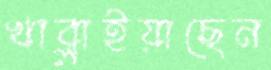
খাব্‌লাইয়াছেন